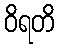
ဝိရတိ